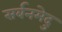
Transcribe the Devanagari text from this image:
सर्बनमेदु